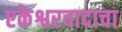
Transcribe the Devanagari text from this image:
एकेश्वरवादाचा